Bréfritari: Benedikt Hálfdanarson
Dagsetning: A-1906-12-12
Skrifað á: Vesturheimi

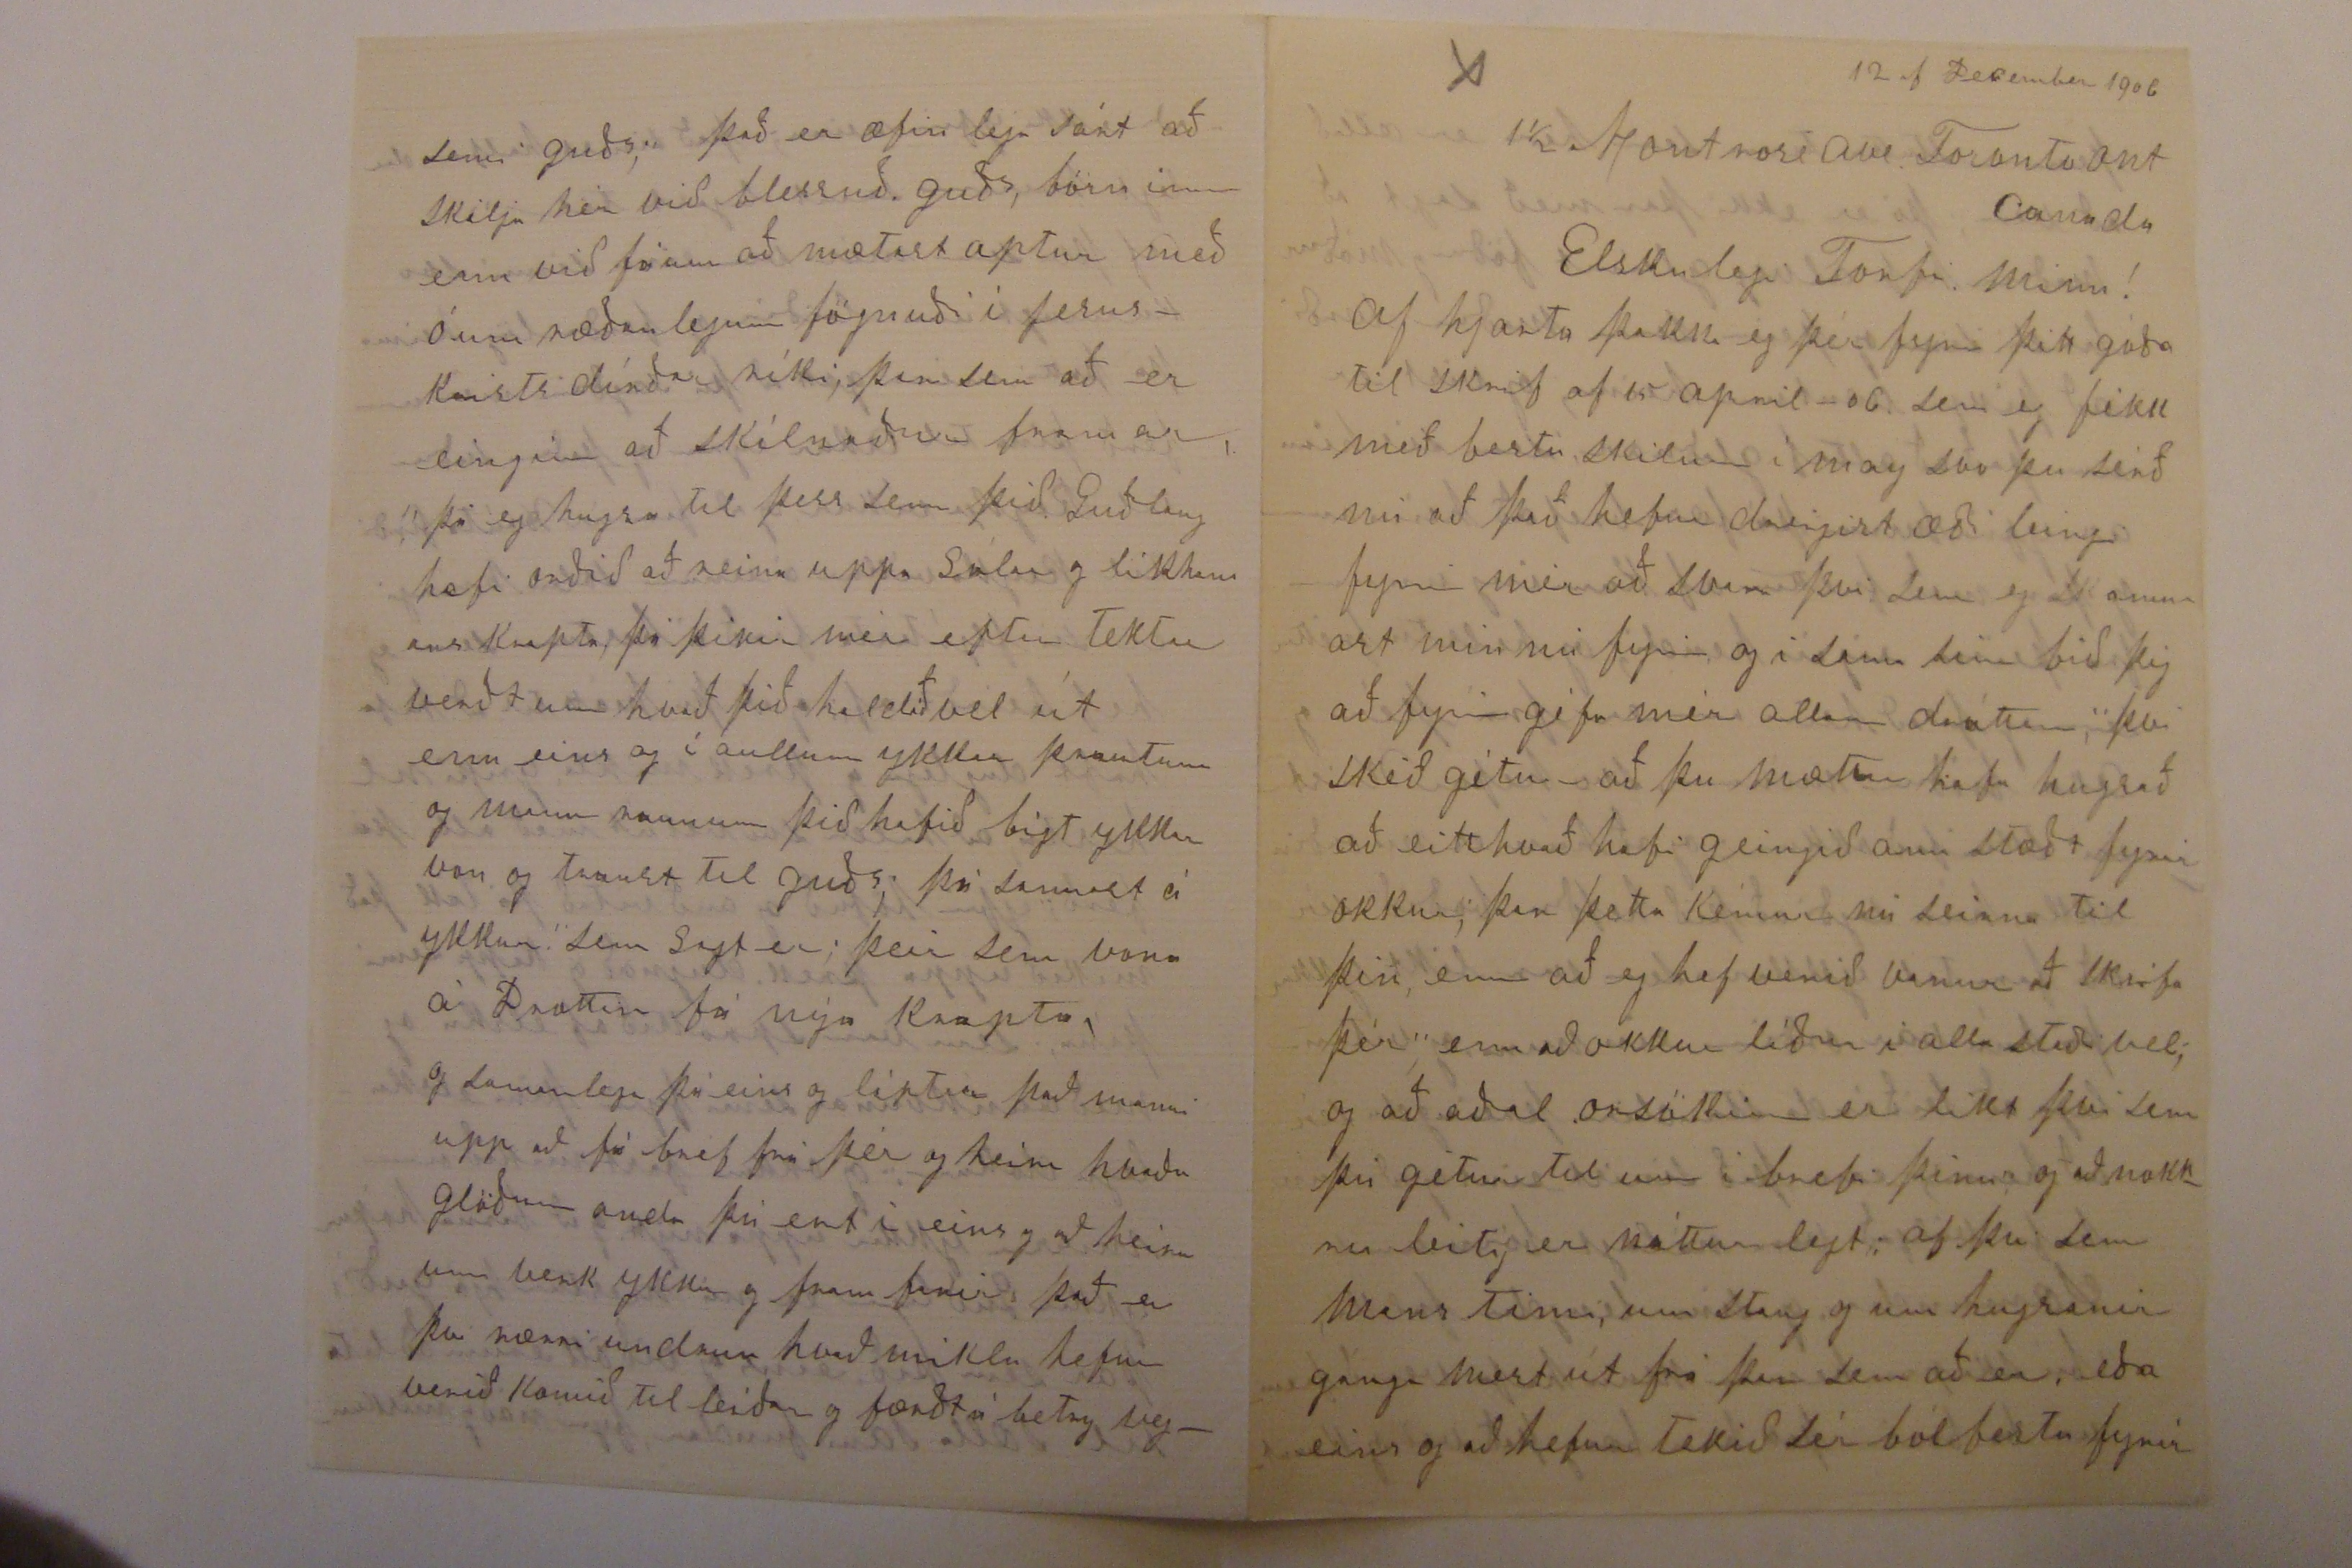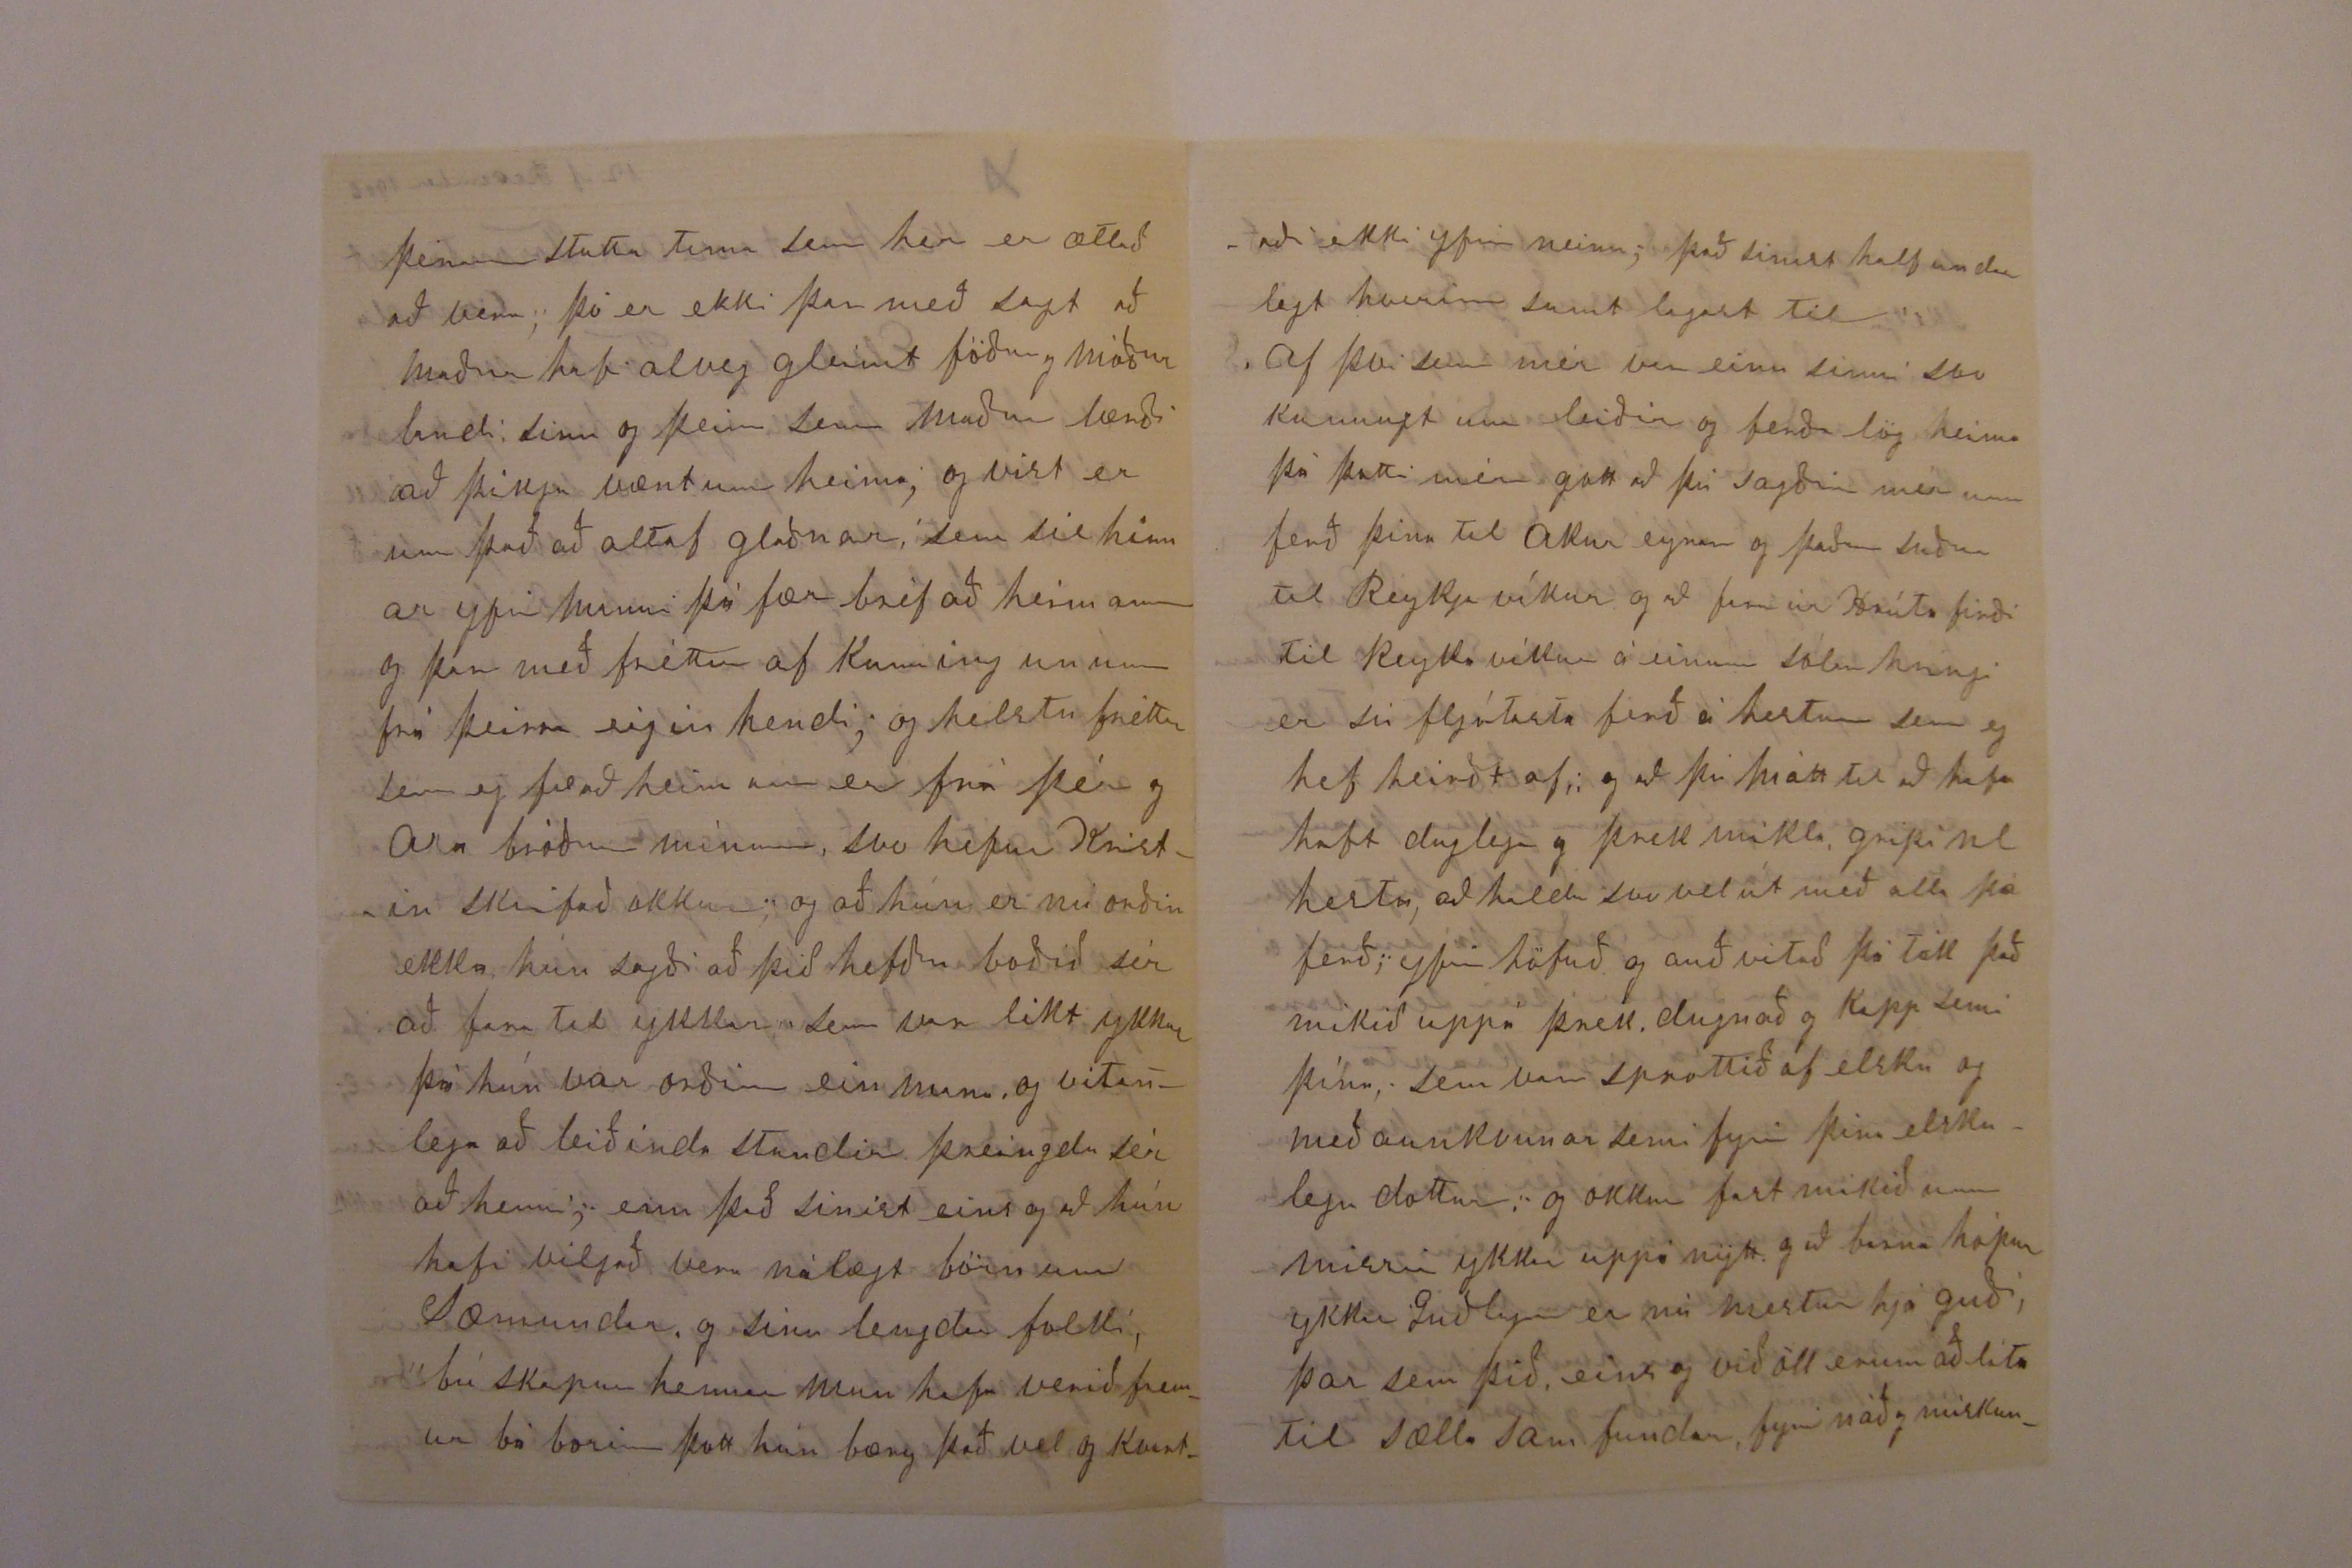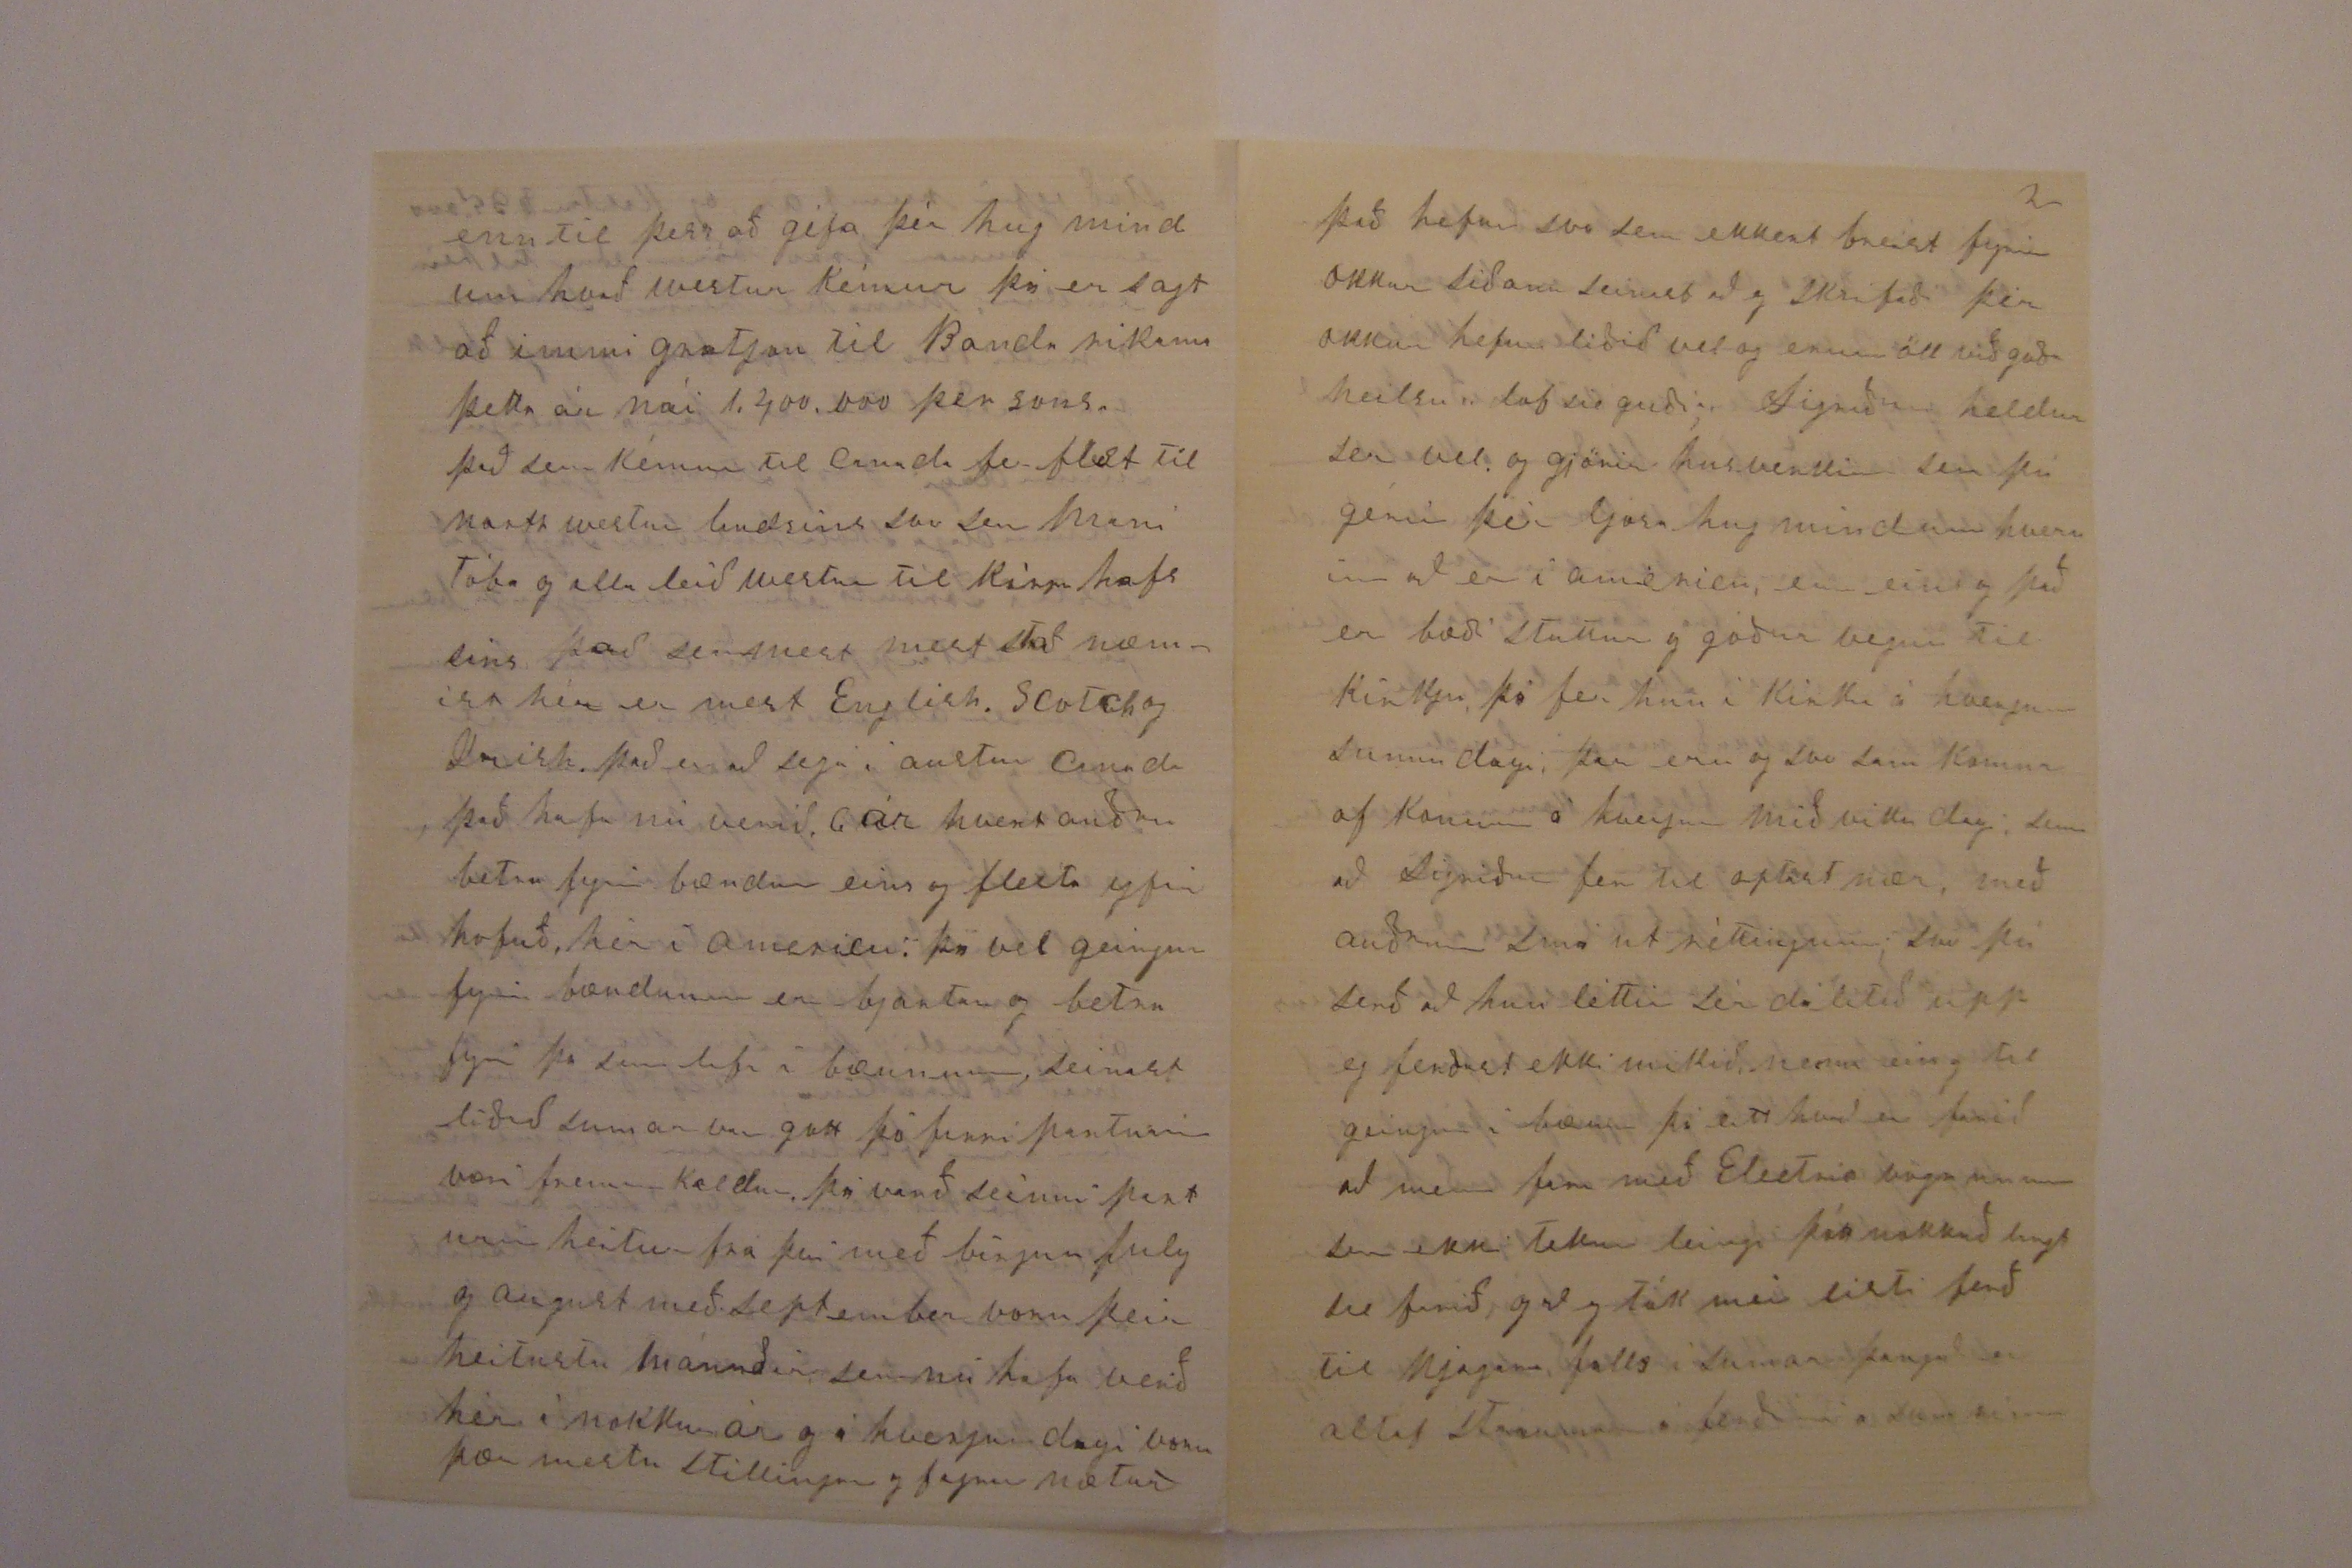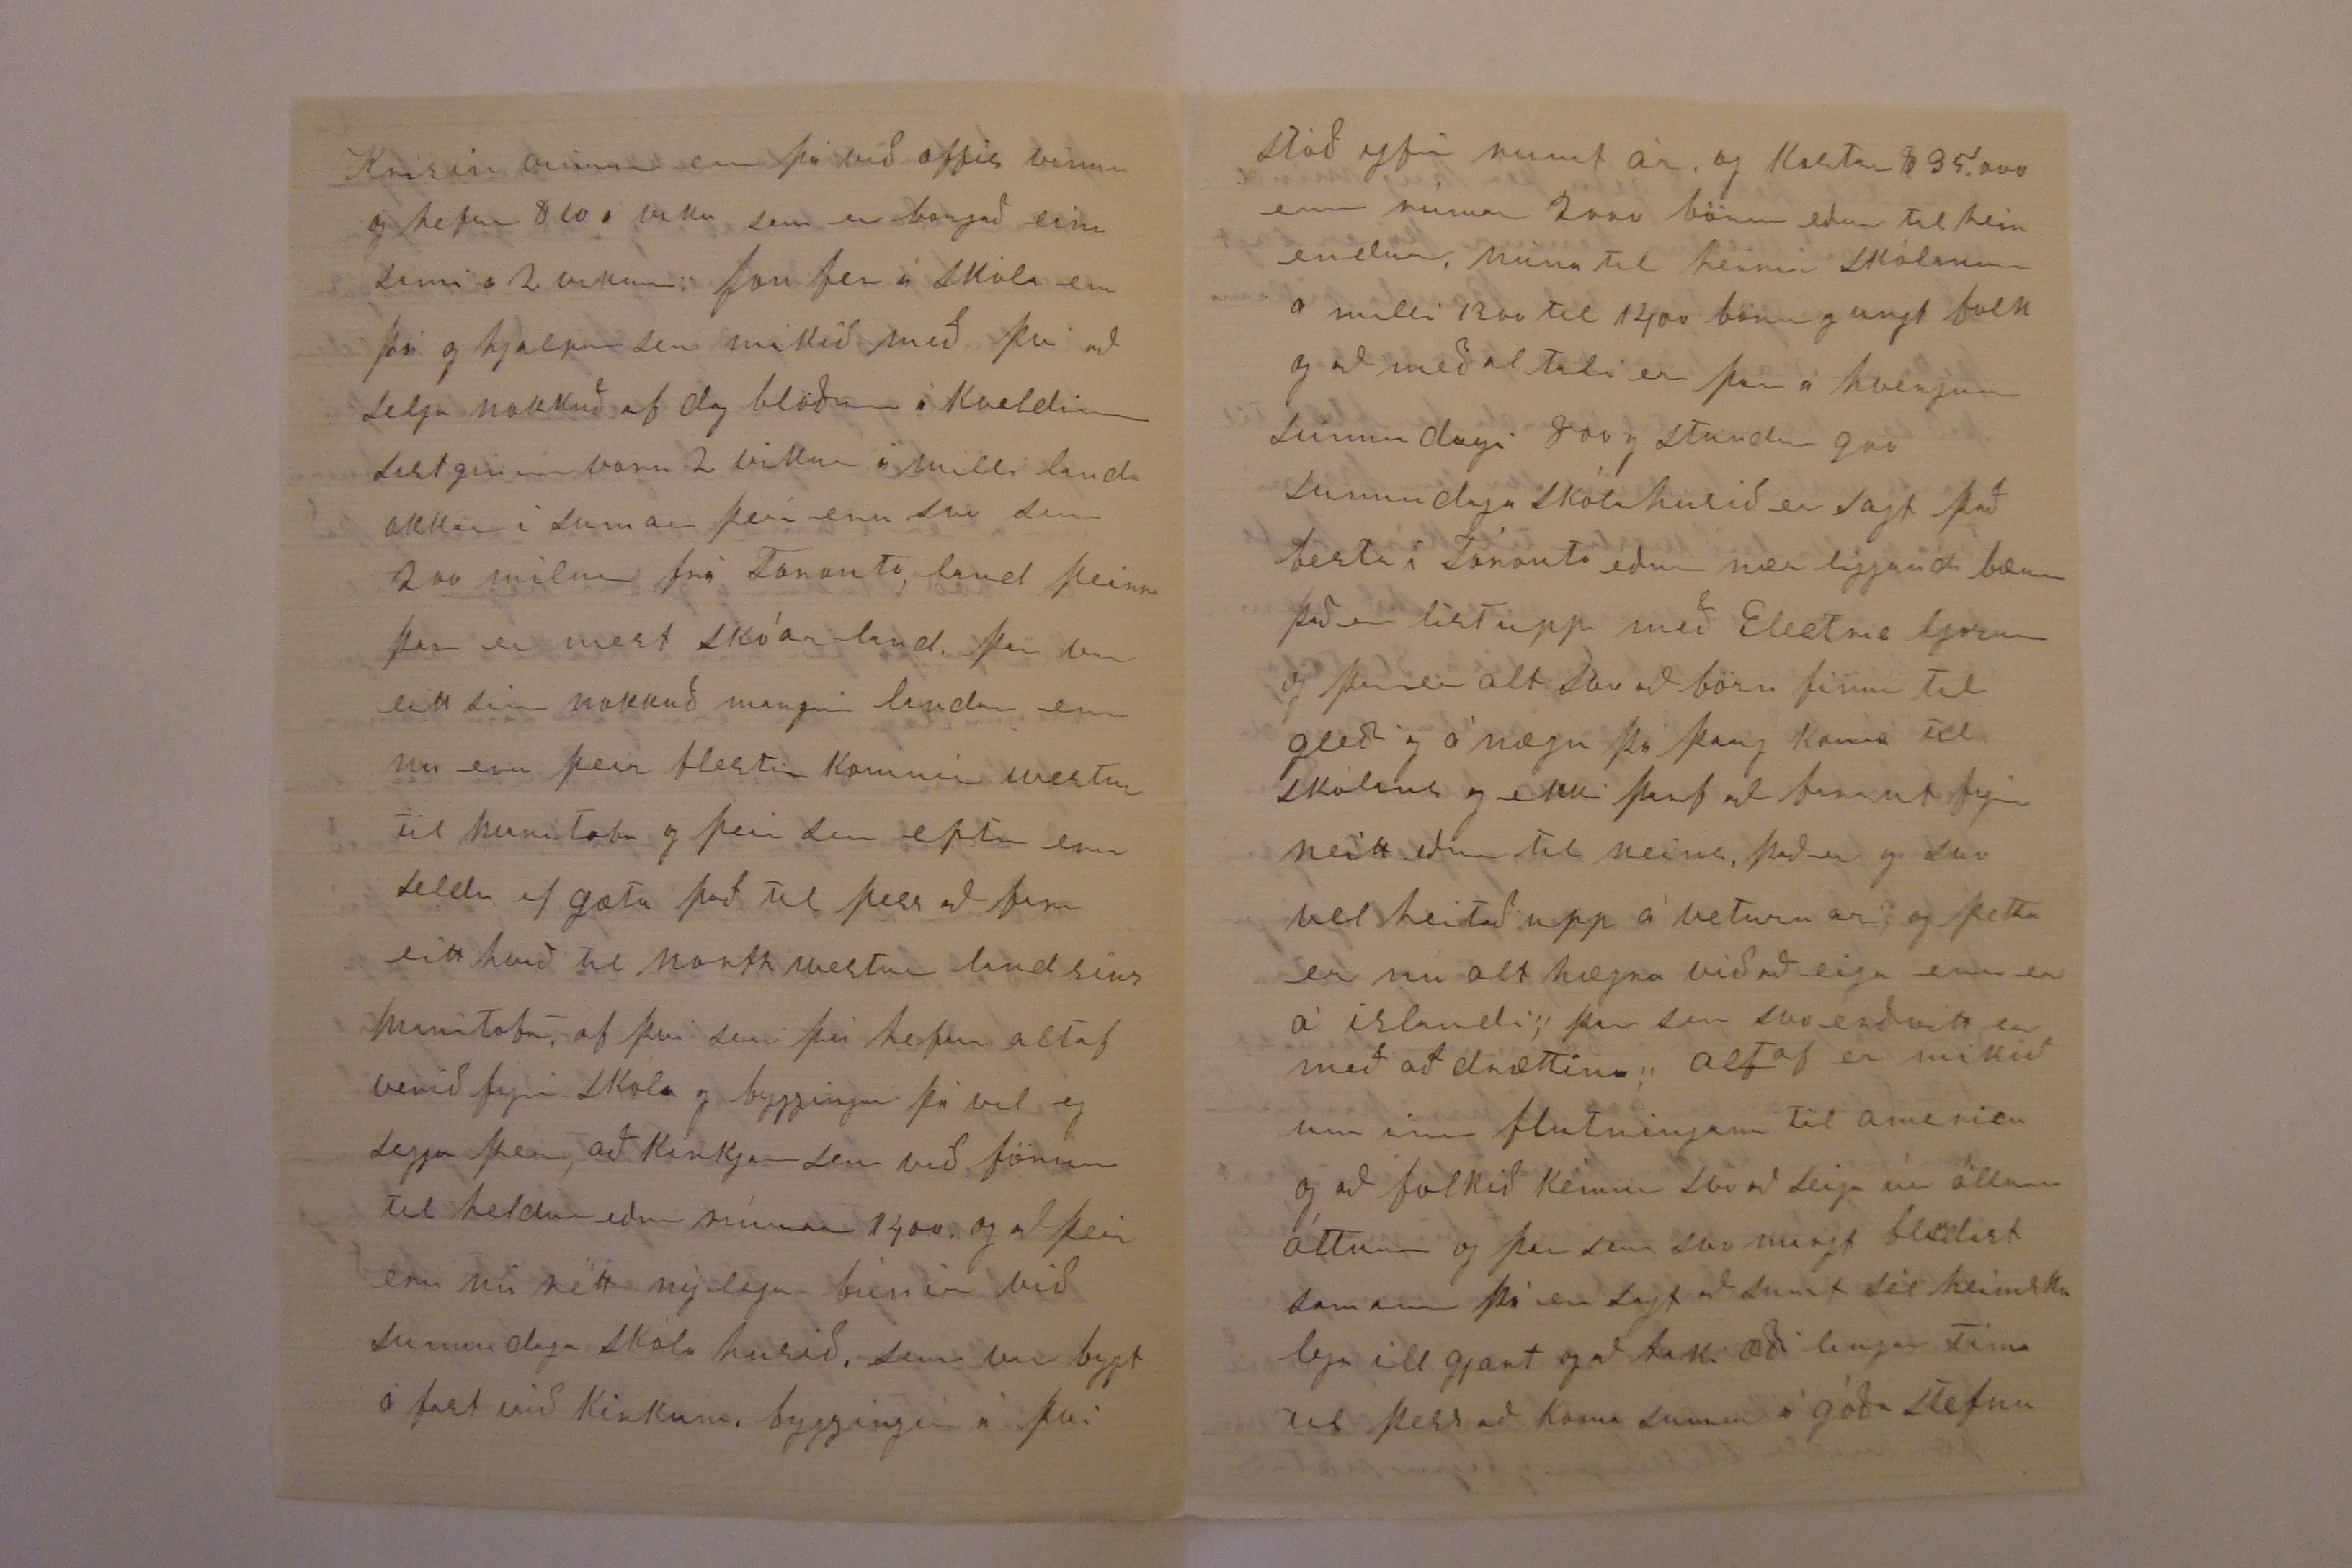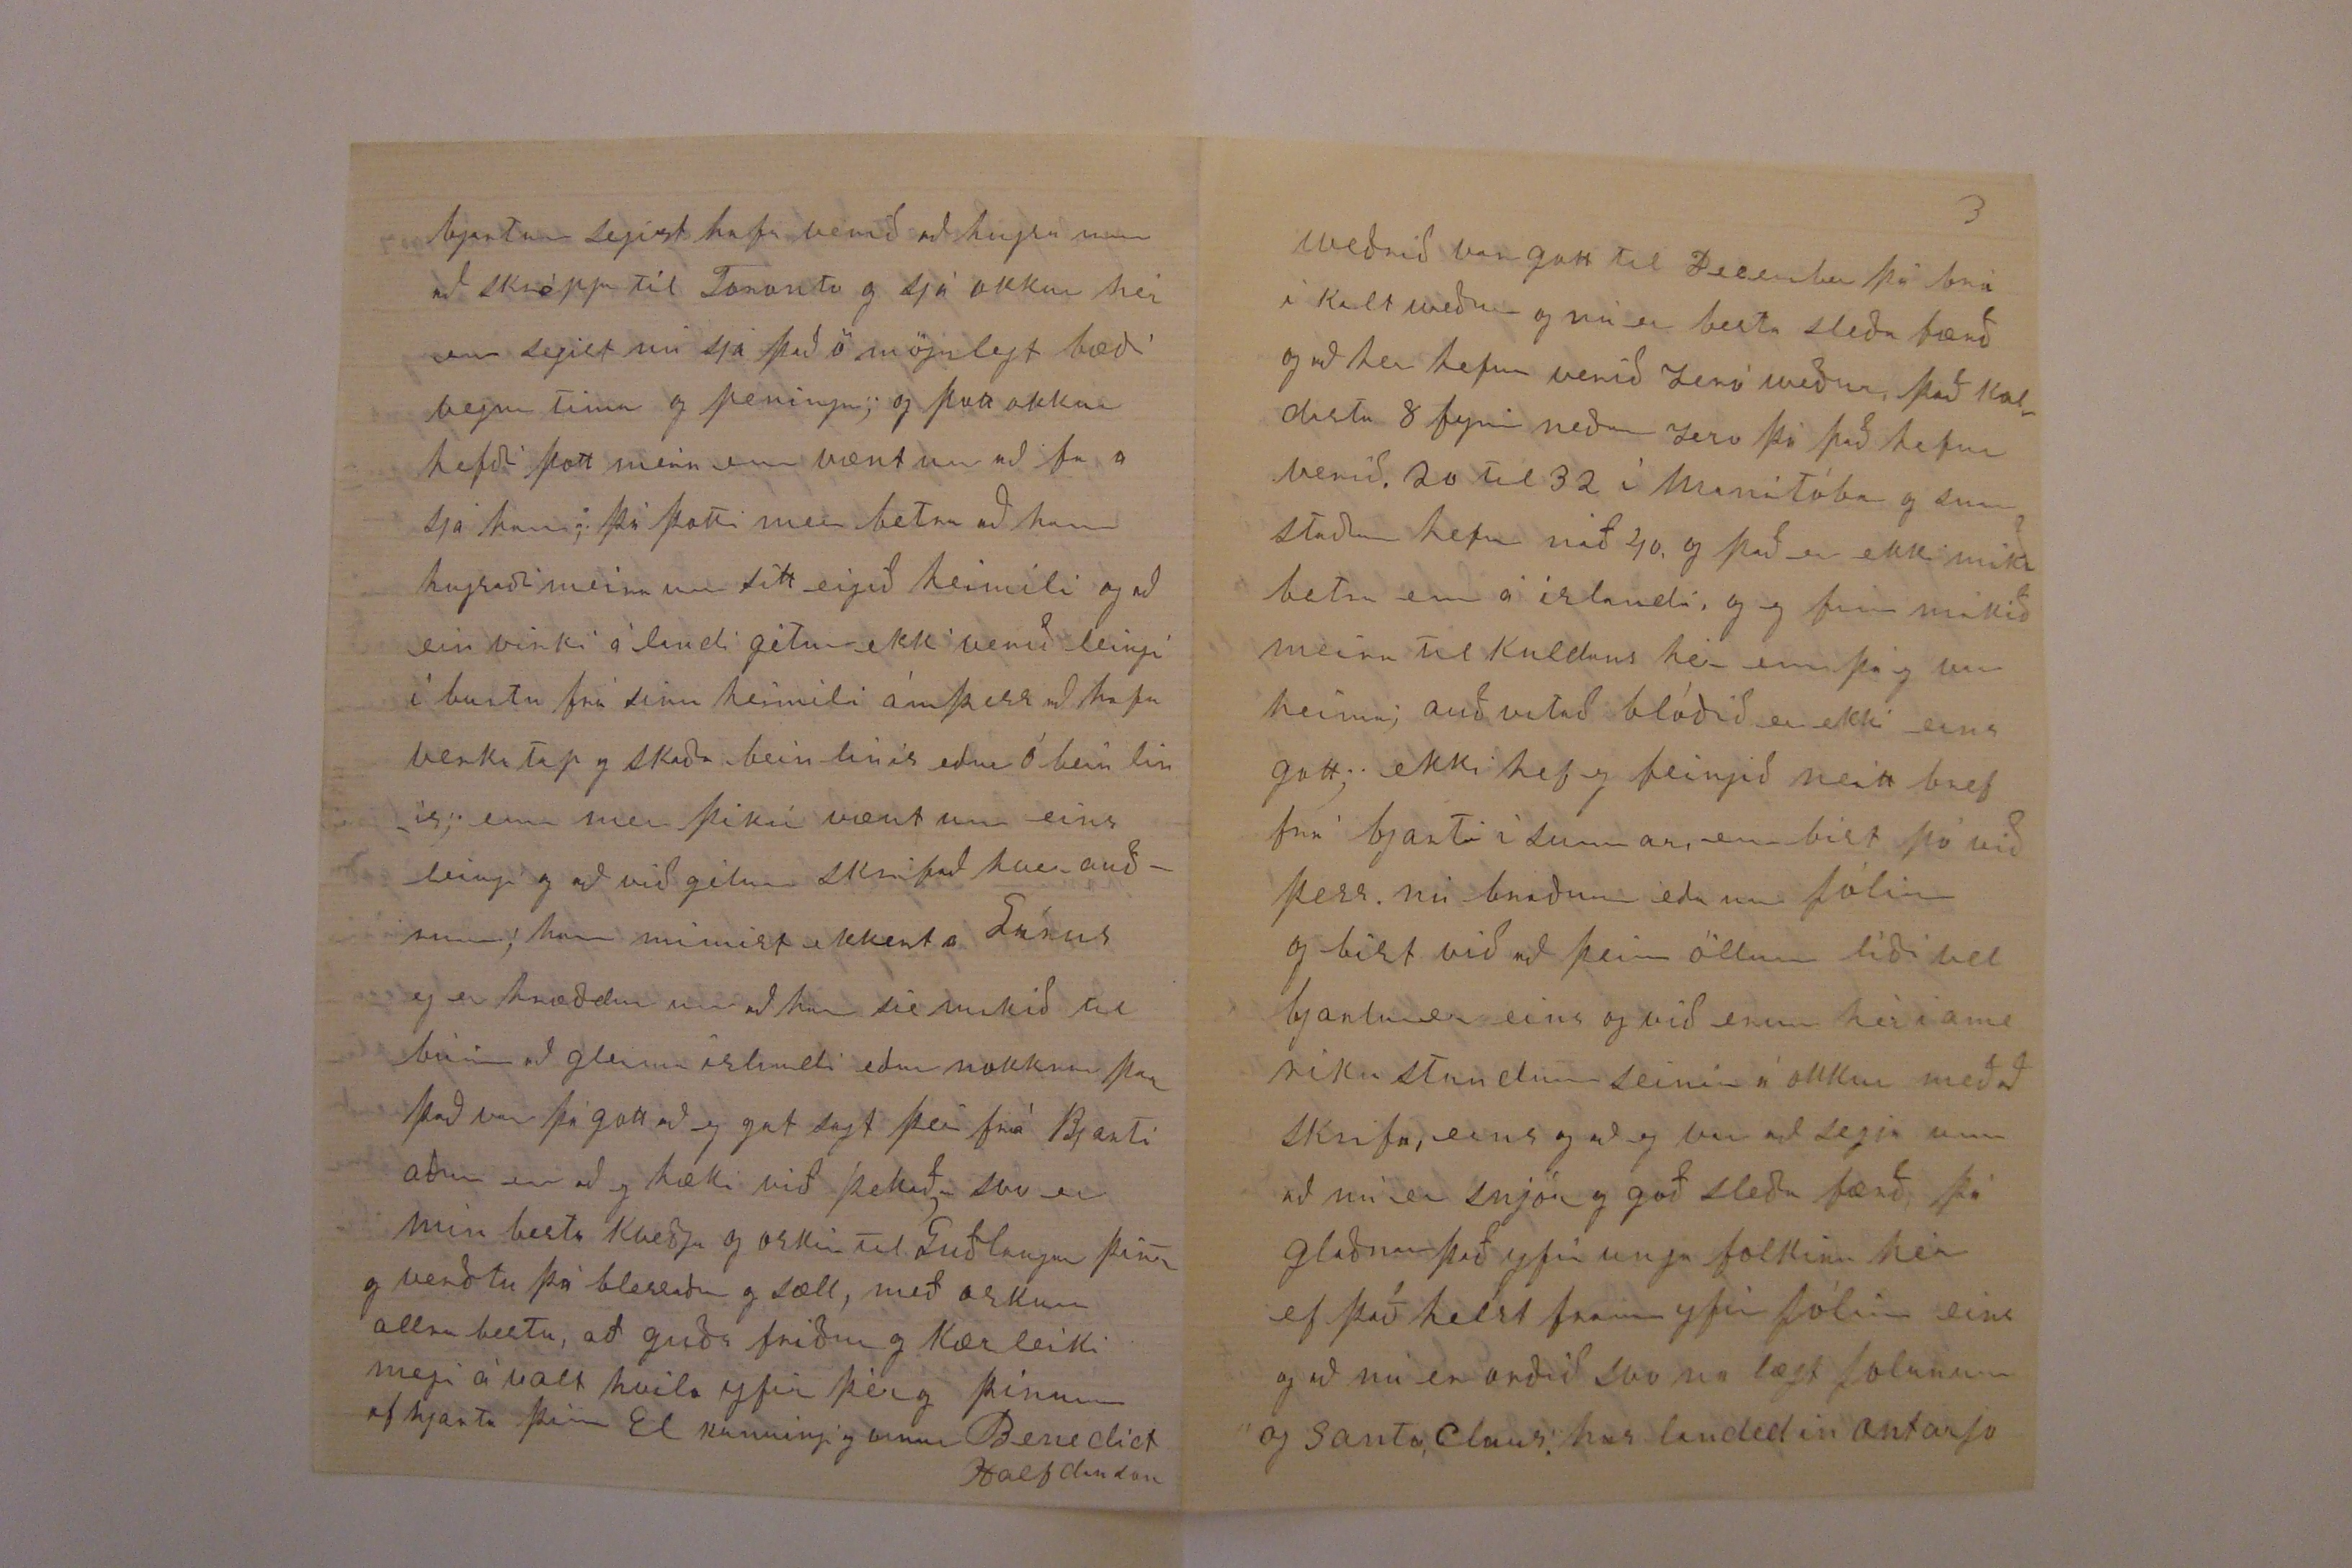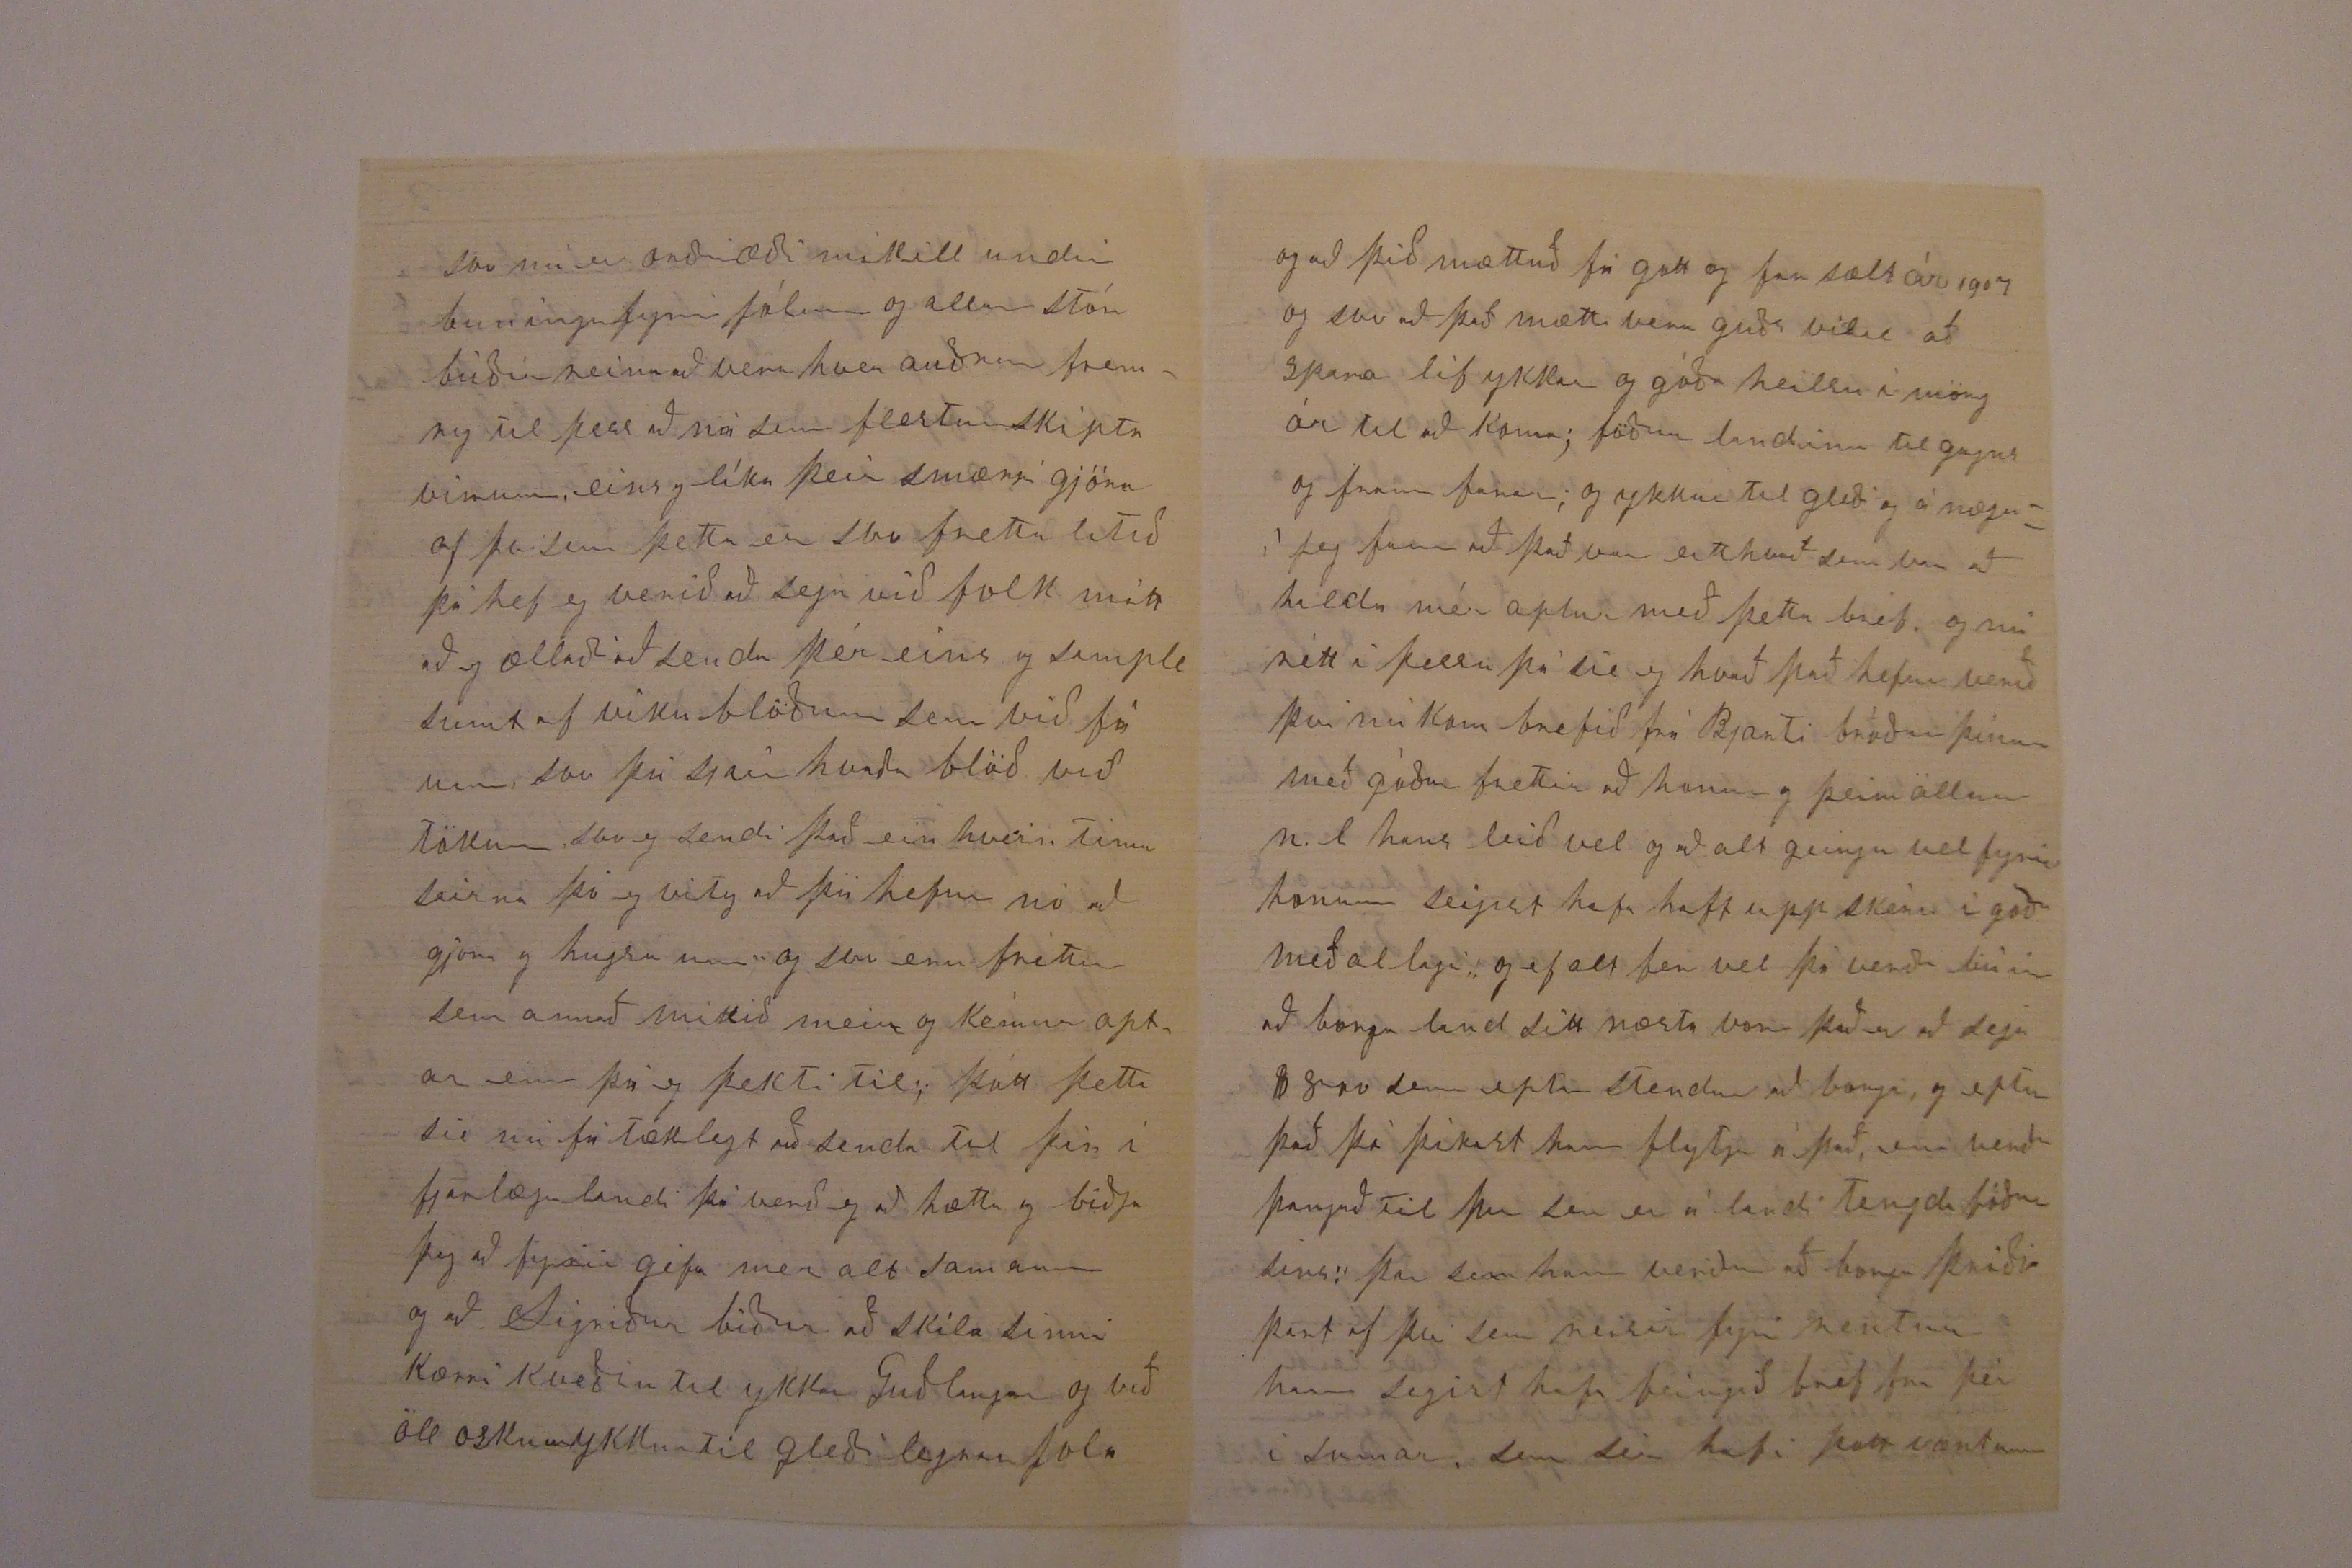

12 of December 1906
1 1/2 Montrose ave. Toronto ont Canada
Elskulegi Torfi minn!
Af hjarta þakka eg þér fyrir þitt góða til skrif af 15 apríl - 06 sem eg fékk með bestu skilum í may svo þu sérð nú að það hefur dreigist æði leingi fyrir mér að svara því sem eg skammast mín nú fyrir og í sama tíma bið þig að fyrir géfa mér allan dráttin, því skéð gétur að þu mættir hafa hugsað að eitthvað hafi geingið ann stæðt fyrir okkur, þar þetta kémur nú seinna til þín, enn að eg hef verið vanur að skrifa þér, enn að okkur líður í alla staði vel, og að aðal orsökin er líkt því sem þú gétur til um í brefi þínu og að nokkru leiti er nátturlegt af því sem mans tími um stang og um hugsanir ganga mest út frá þar sem að er, eða eins og að hefur tekið sér bólfestu fyrir
þennan stutta tíma sem her er ætlað að vera, þó er ekki þar með sagt að maður hafi alveg gleimt föður og móður landi sínu og þeim sem maður lærði að þikja vænt um heima, og víst er um það að altaf glaðnar sem sie
hinnar
yfir
hinni
þá fær bréf að heimann og þar með fréttir af kunningunum frá þeirra eigin hendi; og helstu fréttir sem eg fæ að heimann er frá þér og Ara bróður mínum, svo hefur Kristín skrifað okkur, og að hún er nú orðin ekka hún sagði að þið hefðu boðið sér að fara til ykkar sem var líkt ykkur þá hún var orðin einmana og vitanlega að leiðinda stundir þreingdu sér að henni, enn það sínist eins og að hún hafi viljað vera nálægt börnum Sæmundar og sínu tengda folki, búskapur hennar mun hafa verið fremur bá borin þott hún bæry það vel og kvart
aði ekki yfir neinu; það sínist half undar legt hverinn samt lagast til
Af því sem mér var einu sinni svo kunnugt um leiðir og ferða lög heima þá þotti mér gott að þú sagðir mér um ferð þína til Akureyrar og þaðan suður til Reykjavíkur og að fara úr Hrútafirði til Reykavíkur á einum sólarhringi er sú fljótasta ferð á hestum sem eg hef heirðt af, og að þú mátt til að hafa haft duglega og þrek mikla gripi nl hesta, að halda svo vel út með alla þá ferð, yfir höfuð og auðvitað þá tók það mikið uppá þrek, dugnað og kappsemi þína, sem var sprottið af elsku og meðaunkvunarsem fyrir þína elskulegu dottur, og okkur fast mikið um missir ykkar uppá nýtt og að barna hópur ykkar Guðlaugar er nú mestur hjá guði, þar sem þið, eins og við öll erum að líta til sælla samfundar, fyrir náð og miskun
semi guðs, það er æfinlega sárt að skilja hér við blessuð guðs börnin enn við fáum að mætast aptur með óumræðanlegum fögnuði í Jesus Krists dírðar ríki, þar sem að er eingin að skilnaður framar, þá eg hugsa til þess sem þið Guðlaug hafi orðið að reina uppa sálar og líkhamans krapta þá þikir mér eptir tektar verðt um hvað þið haldið vel út enn eins og í aullum ykkar þrautum og mannraunum þið hafið bigt ykkur von og traust til guðs, þá sannast á ykkur sem sagt er, þeir sem vona á Drottin fá nýa krapta, og sannarlega þá eins og liptir það manni upp að fá bréf frá þér og heira hvað glöðum anda þú ert í eins og heira um verk ykkur og fram farir það er því nærri undann hvað miklu hefur verið komið til leiðar og færðt á betry veg
það hefur svo sem ekkert breist fyrir okkur síðann seinast að eg skrifaði þér okkur hefur liðið vel og erum öll við góða heilsu, lof sie guði, Sigríður heldur ser vel og gjörir húsverkin sem þú gérir þér ljósa hugmind um hverninn að er í americu, enn eins og það er bæði stuttur og góður vegur til kirkju, þá fer hun í kirku á hverjum sunnudeigi, þar eru og svo sam komur af konum á hverjum miðvikuday, sem að Sigríður fer til optast nær, með auðrum smá utréttingum, svo þú serð að hun léttir sér dálítið upp eg ferðast ekki mikið nema eins og til geingur í bæum þá eitthvað er farið að menn fara með Electric vögnunum sem ekki tekur leingi þótt nokkuð langt sie farið, og að eg tók mér listi ferð til njagara falls í sumar þangað er altaf straumur á ferðinni a sumrinn
Kristín vinnur enn þá við offis vinnu og hefur $ 10 á viku sem er borgað einu sinni a 2 vikum, Jon fer á skóla enn þá og hjalpar ser mikið með því að selja nokkuð af dagblöðum á kveldinn sistginin voru 2 vikur á milli landa okkar í sumar þeir eru svo sem 200 mílur frá Toronto land þeirra þar er mest skóarland þar var eitt sinn nokkuð margir landar enn nu eru þeir flestir komnir westur til manitoba og þeir sem eptir eru seldu ef gætu það til þess að fara eitthvað til north westur landsins manitoba af því sem þú hefur altaf verið fyrir skóla og byggingar þá vil eg segja þér að kirkjan sem við förum til heldur eður rúmar 1400 og að þeir eru nú rétt nýlega búnir við sunnudaga skóla husið sem var bygt á fast við kirkuna, byggingin á því
stóð yfir rumt ár og kostar $ 95.000 enn rúmar 2000 börn eður tilheirendur, núna til heirir skólanum a milli 1200 til 1400 börn og ungt folk og að meðaltali er þar á hverjum sunnudagi 800 og stundum 900 sunnudaga skólahusið er sagt það besta í Toronto eður nærliggandi bæum það er líst upp með Electric ljósum og þar er alt svo að börn finna til gleði og ánæju þá þaug koma til skólans og ekki þarf að fara ut fyrir neitt eður til neins, það er og svo vel heitað upp á veturnar og þetta er nú alt hægra við að eiga enn er á íslandi, þar sem svo erðvitt er með aðdrættina, altaf er mikið um inn flutingana til americu og að folkið kémur svo að seiga úr öllum áttum og þar sem svo margt blandast saman þá er sagt að sumt sie heimskulega illgjart og að taki æði langan tíma til þess að koma sumaum á góða stefnu
enn til þess að géfa þér hugmind um hvað westur kémur þá er sagt að immigratjon til Bandaríkanna þetta ár nái 1.400.000 persons. það sem kémur til Canada fer flest til north westur landsins svo sem manitóba og alla leið westur til Kirrahafssins það sem mest mest stað næmist hér er mest English Scotch og Irish það er að sega í austur Canada það hafa nú verið 6 ár hvert auðru betra fyrir bændur eins og flesta yfir hofuð, hér í americu, þá vel geingur fyrir bændunum er bjartar og betra fyrir þá sem lifa í bæunum, seinast liðið sumar var gott þó firri parturin væri fremur kaldur, þá varð seinni parturin heitur frá því með birjun July og august með september voru þeir heitustu mánuðir sem nú hafa verið hér í nokkur ár og á hverjum dagi voru þær mæstu stillingar og fagrar nætur
weðrið var gott til December þá brá í kalt weður og nú er besta sleða færð og að her hefur verið zeró weður, það kaldasta 8 fyrir neðan zero þá það hefur verið 20 til 32 í Mannitóba og sum staðar hefur náð 40 og það er ekki mikið betra enn á íslandi og eg finn mikið meira til kuldans hér enn þá eg var heima, auðvitað blóðið er ekki eins gott, ekki hef eg feingið neitt bref frá bjarti í sumar, enn bíst þó við þess nú braðum eða um Jólin og bíst við að þeim öllum líði vel bjartur er eins og við erum hér í ameriku stundum seinir á okkur með að skrifa, eins og að eg var að segja um að nú er snjór og goð sleða færð, þá glaðnar það yfir unga folkinu hér ef það helst fram yfir Jólin eins og að nú er orðið svo nalægt Jolunum og Santa Claus has landed in ontarjo
svo nú er orðin æði mikill undir buningurin fyrir Jólinn og allar stór búðir reina að vera hver auðrum fremry til þess að ná sem flestum skipta vinum, eins og líka þeir smærri gjöra af því sem þetta er svo fretta litið þá hef eg verið að sega við folk mitt að eg ætlaði að senda þér eins og sample sumt af vikublöðum sem við fáum, svo þú sjáir hvaða blöð við tökum svo eg sendi það einhvern tíma seirna þó eg vity að þú hefur nó að gjöra og hugsa um og svo eru fréttir sem annað mikið meira og kémur optar enn þá eg þekti til, þótt þetta sie nú fátæklegt að senda til þín í fjarlægu landi þá verð eg að hætta og biðja þig að fyrirgéfa mer alt samann og að Sigríður biður að skila sinni kærri kveðiu til ykkar Guðlaugar og við öll oskum ykkur til gleðilegrar Jola
og að þið mættuð fá gott og farsælt ár 1907 og svo að það mætti vera guðs vilie að spara líf ykkar og góða heilsu í mörg ár til að koma, föðurlandinu til gagns og fram farar, og ykkur til gleði og ánægu jeg fann að það var eitthvað sem var að halda mér aptur með þetta bréf og nú rétt í þessu þá sie eg hvað það hefur verið því nú kom brefið frá Bjarti bróður þínum með góðar frettir að honum og þeim öllum n.l hans leið vel og að alt geingur vel fyrir honum seigist hafa haft uppskéru í goðu meðallagi og ef alt fer vel þá verðu búin að borga land sitt næsta vor það er að sega $ 800 sem eptir stendur að borga og eptir það þá þikist hann flytja á það , enn verður þangað til þar sem er á landi tengdaföður síns, þar sem hann verður að borga
þráðin
part af því sem reisir fyrir rentuna hann segist hafa feingið bref frá þér í sumar, sem sér hafi þott vænt um
bjartur segist hafa verið að hugsa um að skreppa til Toronto og sjá okkur hér enn segist nú sjá það ómögulegt bæði vegna tíma og peninga, og þott okkur hefði þott meira enn vænt um að fa a sjá hann, þá þotti mer betra að hann hugsaði meira um sitt eigið heimili og að einvirki á landi gétur ekki verið leingi í burtu frá sínu heimili án þess að hafa verkatap og skaða beinlínis eður óbeinlínis, enn mer þikir vænt um eins leingi og að við gétum skrifað hver auðrum, hann minnist ekkert a Lárus eg er hræddur um að han sie mikið til búin að gleima íslandi eður nokkrum þar það var þá gott að eg gat sagt þér frá Bjarti aður en að eg hætti við þettað svo er mín besta kveðja og oskir til Guðlaugar þinar og verðtu þá blessaður og sæll, með oskum allra bestu, að guðs friður og kærleiki megi ávalt hvíla yfir þér og þínum af hjarta þinn El kunningi og vinur Benedict Halfdanson